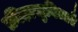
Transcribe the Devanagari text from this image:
क्रीड़ासुविधाएँ